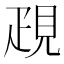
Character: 𧠣